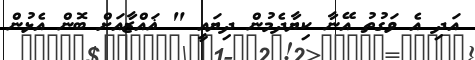
އަދި އެ ވަގުތު އޭނާ ކިޔާދެމުން ދިޔައީ " ޣައްޒާއަށް ބޮން އެޅުން